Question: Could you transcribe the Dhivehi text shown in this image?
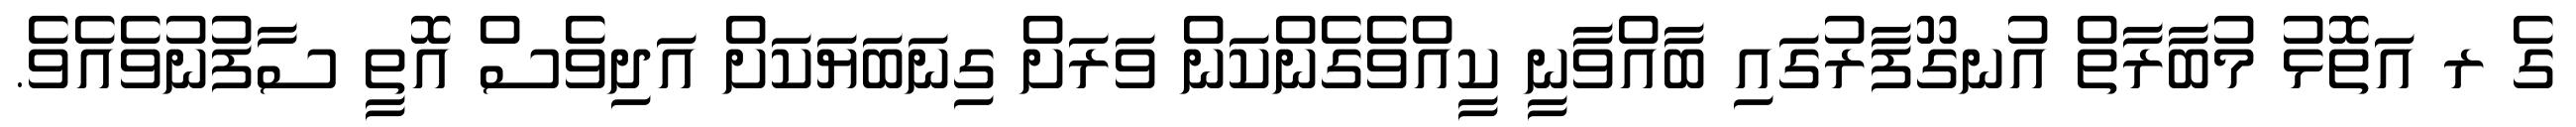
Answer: ގެ ރ އަތޮޅު މުބާރާތް އުނގޫފާރުގައި ބާއްވާނީ ކީއްވެގެންކަން ވަރަށް ގިނަބަޔަކަށް އަދިވެސް އޮތީ ސާފުނުވެއެވެ.